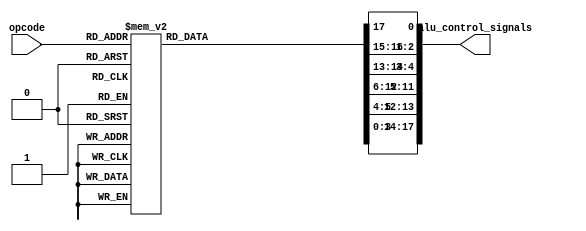
module alu_control(opcode, alu_control_signals);
  input [5:0] opcode; 
  output reg [17:0] alu_control_signals; 
  //     0 : Reg ID sel
  //   2:1 : sign extension
  //   4:3 : jump signal (reserved); 3: is jump, 4: direct or indirect
  //  11:5 : EX; 5: PF or I, 6:9: AluOP, 10: Src2 sel, 11: link?
  // 13:12 : MEM; 12: MemR, 13: MemW
  // 17:14 : WB; 14: RegMem, 15: rw_P, 16: rw_R, 17: rw_F 
  
  always @(*) begin
    case(opcode)
      //5.3 Memory Loads/Stores
      6'h23: //ld
        begin
          alu_control_signals[17:14] = 4'b010_1;         
          alu_control_signals[13:12] = 2'b0_1;
          alu_control_signals[11:5] = 7'b0_1_0001_1;
          alu_control_signals[4:3] = 2'bx_x;
          alu_control_signals[2:1] = 2'b01;
          alu_control_signals[0] = 1'bx;
        end
      6'h24: //st
        begin
          alu_control_signals[17:14] = 4'b000_x;         
          alu_control_signals[13:12] = 2'b1_0;
          alu_control_signals[11:5] = 7'b0_1_0001_1;
          alu_control_signals[4:3] = 2'bx_x;
          alu_control_signals[2:1] = 2'b01;
          alu_control_signals[0] = 1'b1;
        end
      //5.4 Predicate Manipulation        
      6'h27: //andp
        begin
          alu_control_signals[17:14] = 4'b001_x;         
          alu_control_signals[13:12] = 2'b0_0;
          alu_control_signals[11:5] = 7'bx_x_0001_0;
          alu_control_signals[4:3] = 2'bx_x;
          alu_control_signals[2:1] = 2'bxx;
          alu_control_signals[0] = 1'b0;
        end
      6'h28: //orp
        begin
          alu_control_signals[17:14] = 4'b001_x;         
          alu_control_signals[13:12] = 2'b0_0;
          alu_control_signals[11:5] = 7'bx_x_0010_0;
          alu_control_signals[4:3] = 2'bx_x;
          alu_control_signals[2:1] = 2'bxx;
          alu_control_signals[0] = 1'b0;
        end
      6'h29: //xorp
        begin
          alu_control_signals[17:14] = 4'b001_x;         
          alu_control_signals[13:12] = 2'b0_0;
          alu_control_signals[11:5] = 7'bx_x_0011_0;
          alu_control_signals[4:3] = 2'bx_x;
          alu_control_signals[2:1] = 2'bxx;
          alu_control_signals[0] = 1'b0;
        end
      6'h2a: //not
        begin
          alu_control_signals[17:14] = 4'b001_x;         
          alu_control_signals[13:12] = 2'b0_0;
          alu_control_signals[11:5] = 7'bx_x_0100_0;
          alu_control_signals[4:3] = 2'bx_x;
          alu_control_signals[2:1] = 2'bxx;
          alu_control_signals[0] = 1'b0;
        end
      //5.5 Value Test        
      6'h26: //rtop
        begin
          alu_control_signals[17:14] = 4'b001_x;         
          alu_control_signals[13:12] = 2'b0_0;
          alu_control_signals[11:5] = 7'bx_x_0101_0;
          alu_control_signals[4:3] = 2'bx_x;
          alu_control_signals[2:1] = 2'bxx;
          alu_control_signals[0] = 1'b0;
        end
      6'h2b: //isneg
        begin
          alu_control_signals[17:14] = 4'b001_x;         
          alu_control_signals[13:12] = 2'b0_0;
          alu_control_signals[11:5] = 7'bx_x_0110_0;
          alu_control_signals[4:3] = 2'bx_x;
          alu_control_signals[2:1] = 2'bxx;
          alu_control_signals[0] = 1'b0;
        end
      6'h2c: //iszero
        begin
          alu_control_signals[17:14] = 4'b001_x;         
          alu_control_signals[13:12] = 2'b0_0;
          alu_control_signals[11:5] = 7'bx_x_0111_0;
          alu_control_signals[4:3] = 2'bx_x;
          alu_control_signals[2:1] = 2'bxx;
          alu_control_signals[0] = 1'b0;
        end
      //5.6 Immediate Integer Arithmetic/Logic        
      6'h25: //ldi
        begin
          alu_control_signals[17:14] = 4'b010_0;         
          alu_control_signals[13:12] = 2'b0_0;
          alu_control_signals[11:5] = 7'bx_1_1101_1;
          alu_control_signals[4:3] = 2'bx_x;
          alu_control_signals[2:1] = 2'b11;
          alu_control_signals[0] = 1'bx;
        end
      6'h14: //add
        begin
          alu_control_signals[17:14] = 4'b010_0;         
          alu_control_signals[13:12] = 2'b0_0;
          alu_control_signals[11:5] = 7'b0_1_0001_1;
          alu_control_signals[4:3] = 2'bx_x;
          alu_control_signals[2:1] = 2'b01;
          alu_control_signals[0] = 1'bx;
        end
      6'h15: //subi
        begin
          alu_control_signals[17:14] = 4'b010_0;         
          alu_control_signals[13:12] = 2'b0_0;
          alu_control_signals[11:5] = 7'b0_1_0010_1;
          alu_control_signals[4:3] = 2'bx_x;
          alu_control_signals[2:1] = 2'b01;
          alu_control_signals[0] = 1'bx;
        end
      6'h16: //muli
        begin
          alu_control_signals[17:14] = 4'b010_0;         
          alu_control_signals[13:12] = 2'b0_0;
          alu_control_signals[11:5] = 7'b0_1_0011_1;
          alu_control_signals[4:3] = 2'bx_x;
          alu_control_signals[2:1] = 2'b01;
          alu_control_signals[0] = 1'bx;
        end
      6'h17: //divi
        begin
          alu_control_signals[17:14] = 4'b010_0;         
          alu_control_signals[13:12] = 2'b0_0;
          alu_control_signals[11:5] = 7'b0_1_0100_1;
          alu_control_signals[4:3] = 2'bx_x;
          alu_control_signals[2:1] = 2'b01;
          alu_control_signals[0] = 1'bx;
        end        
      6'h18: //modi
        begin
          alu_control_signals[17:14] = 4'b010_0;         
          alu_control_signals[13:12] = 2'b0_0;
          alu_control_signals[11:5] = 7'b0_1_0101_1;
          alu_control_signals[4:3] = 2'bx_x;
          alu_control_signals[2:1] = 2'b01;
          alu_control_signals[0] = 1'bx;
        end
      6'h19: //shli
        begin
          alu_control_signals[17:14] = 4'b010_0;         
          alu_control_signals[13:12] = 2'b0_0;
          alu_control_signals[11:5] = 7'b0_1_0110_1;
          alu_control_signals[4:3] = 2'bx_x;
          alu_control_signals[2:1] = 2'b01;
          alu_control_signals[0] = 1'bx;
        end
      6'h1a: //shri
        begin
          alu_control_signals[17:14] = 4'b010_0;         
          alu_control_signals[13:12] = 2'b0_0;
          alu_control_signals[11:5] = 7'b0_1_0111_1;
          alu_control_signals[4:3] = 2'bx_x;
          alu_control_signals[2:1] = 2'b01;
          alu_control_signals[0] = 1'bx;
        end
      6'h11: //andi
        begin
          alu_control_signals[17:14] = 4'b010_0;         
          alu_control_signals[13:12] = 2'b0_0;
          alu_control_signals[11:5] = 7'b0_1_1000_1;
          alu_control_signals[4:3] = 2'bx_x;
          alu_control_signals[2:1] = 2'b01;
          alu_control_signals[0] = 1'bx;
        end
      6'h12: //ori
        begin
          alu_control_signals[17:14] = 4'b010_0;         
          alu_control_signals[13:12] = 2'b0_0;
          alu_control_signals[11:5] = 7'b0_1_1001_1;
          alu_control_signals[4:3] = 2'bx_x;
          alu_control_signals[2:1] = 2'b01;
          alu_control_signals[0] = 1'bx;
        end
      6'h13: //xori
        begin
          alu_control_signals[17:14] = 4'b010_0;         
          alu_control_signals[13:12] = 2'b0_0;
          alu_control_signals[11:5] = 7'b0_1_1010_1;
          alu_control_signals[4:3] = 2'bx_x;
          alu_control_signals[2:1] = 2'b01;
          alu_control_signals[0] = 1'bx;
        end
      //5.7 Register Integer Arithmetic/Logic        
      6'h0a: //add
        begin
          alu_control_signals[17:14] = 4'b010_0;         
          alu_control_signals[13:12] = 2'b0_0;
          alu_control_signals[11:5] = 7'b0_0_0001_1;
          alu_control_signals[4:3] = 2'bx_x;
          alu_control_signals[2:1] = 2'bxx;
          alu_control_signals[0] = 1'b0;
        end
      6'h0b: //sub
        begin
          alu_control_signals[17:14] = 4'b010_0;        
          alu_control_signals[13:12] = 2'b0_0;
          alu_control_signals[11:5] = 7'b0_0_0010_1;
          alu_control_signals[4:3] = 2'bx_x;
          alu_control_signals[2:1] = 2'bxx;
          alu_control_signals[0] = 1'b0;
        end
      6'h0c: //mul
        begin
          alu_control_signals[17:14] = 4'b010_0;         
          alu_control_signals[13:12] = 2'b0_0;
          alu_control_signals[11:5] = 7'b0_0_0011_1;
          alu_control_signals[4:3] = 2'bx_x;
          alu_control_signals[2:1] = 2'bxx;
          alu_control_signals[0] = 1'b0;
        end
      6'h0d: //div
        begin
          alu_control_signals[17:14] = 4'b010_0;         
          alu_control_signals[13:12] = 2'b0_0;
          alu_control_signals[11:5] = 7'b0_0_0100_1;
          alu_control_signals[4:3] = 2'bx_x;
          alu_control_signals[2:1] = 2'bxx;
          alu_control_signals[0] = 1'b0;
        end        
      6'h0e: //mod
        begin
          alu_control_signals[17:14] = 4'b010_0;         
          alu_control_signals[13:12] = 2'b0_0;
          alu_control_signals[11:5] = 7'b0_0_0101_1;
          alu_control_signals[4:3] = 2'bx_x;
          alu_control_signals[2:1] = 2'bxx;
          alu_control_signals[0] = 1'b0;
        end
      6'h0f: //shl
        begin
          alu_control_signals[17:14] = 4'b010_0;         
          alu_control_signals[13:12] = 2'b0_0;
          alu_control_signals[11:5] = 7'b0_0_0110_1;
          alu_control_signals[4:3] = 2'bx_x;
          alu_control_signals[2:1] = 2'bxx;
          alu_control_signals[0] = 1'b0;
        end
      6'h10: //shr
        begin
          alu_control_signals[17:14] = 4'b010_0;         
          alu_control_signals[13:12] = 2'b0_0;
          alu_control_signals[11:5] = 7'b0_0_0111_1;
          alu_control_signals[4:3] = 2'bx_x;
          alu_control_signals[2:1] = 2'bxx;
          alu_control_signals[0] = 1'b0;
        end
      6'h07: //and
        begin
          alu_control_signals[17:14] = 4'b010_0;         
          alu_control_signals[13:12] = 2'b0_0;
          alu_control_signals[11:5] = 7'b0_0_1000_1;
          alu_control_signals[4:3] = 2'bx_x;
          alu_control_signals[2:1] = 2'bxx;
          alu_control_signals[0] = 1'b0;
        end
      6'h08: //or
        begin
          alu_control_signals[17:14] = 4'b010_0;         
          alu_control_signals[13:12] = 2'b0_0;
          alu_control_signals[11:5] = 7'b0_0_1001_1;
          alu_control_signals[4:3] = 2'bx_x;
          alu_control_signals[2:1] = 2'bxx;
          alu_control_signals[0] = 1'b0;
        end
      6'h09: //xor
        begin
          alu_control_signals[17:14] = 4'b010_0;         
          alu_control_signals[13:12] = 2'b0_0;
          alu_control_signals[11:5] = 7'b0_0_1010_1;
          alu_control_signals[4:3] = 2'bx_x;
          alu_control_signals[2:1] = 2'bxx;
          alu_control_signals[0] = 1'b0;
        end
      6'h05: //neg
        begin
          alu_control_signals[17:14] = 4'b010_0;         
          alu_control_signals[13:12] = 2'b0_0;
          alu_control_signals[11:5] = 7'b0_x_1011_1;
          alu_control_signals[4:3] = 2'bx_x;
          alu_control_signals[2:1] = 2'bxx;
          alu_control_signals[0] = 1'bx;
        end
      6'h06: //not
        begin
          alu_control_signals[17:14] = 4'b010_0;         
          alu_control_signals[13:12] = 2'b0_0;
          alu_control_signals[11:5] = 7'b0_x_1100_1;
          alu_control_signals[4:3] = 2'bx_x;
          alu_control_signals[2:1] = 2'bxx;
          alu_control_signals[0] = 1'bx;
        end   
      //5.2 Privileged Instruction
      //5.8 Floating Point Arhithmethic
      //5.9 Control Flow
      //5.11 User/Kernel Interaction  
        
      default: //nop
        begin
          alu_control_signals[17:14] = 2'b0;         
          alu_control_signals[13:12] = 2'b0;
          alu_control_signals[11:5] = 4'b0;
          alu_control_signals[4:3] = 2'b0;
          alu_control_signals[2:1] = 2'b0;
          alu_control_signals[0] = 1'b0;        
        end
    endcase
  end
endmodule

module preg_file(rst, rw, X, Y, Z, Pset, Pid, Pz, Px, Py, Pval);
  input rst;
  input rw; //0, read; 1, write
  input [1:0] X;
  input [1:0] Y;
  input [1:0] Z;
  input [1:0] Pid;
  input Pz;
  input Pset;
  output Px;
  output Py;
  output Pval;
  
  reg pregs [3:0];
  integer i;
  
  always @ (*) begin
    if (rst) begin
      //for(i=0; i<4; i=i+1) begin
        //pregs[i] <= 0;
      //end
      pregs[0] <= 1;
      pregs[1] <= 1;
      pregs[2] <= 0;
      pregs[3] <= 0;
    end else begin 
      if(rw == 1)
        pregs[Z] <= Pz;
    end
  end
  
  assign Px = pregs[X];
  assign Py = pregs[Y];
  assign Pval = (Pset == 1) ? pregs[Pid] : 1'b1;
endmodule

module greg_file(rst, rw, X, Y, Z, Rz, Rx, Ry);
  input rst;
  input rw; //0, read; 1, write
  input [3:0] X;
  input [3:0] Y;
  input [3:0] Z;
  input [31:0] Rz;
  output [31:0] Rx;
  output [31:0] Ry;
  
  reg [31:0] gregs [15:0];
  integer i;
  
  always @ (*) begin
    if (rst) begin
      for(i=0; i<16; i=i+1) begin
        gregs[i] <= 0;
      end
    end else begin 
      if(rw == 1)
        gregs[Z] <= Rz;
    end
  end
  
  assign Rx = gregs[X];
  assign Ry = gregs[Y];
endmodule

module freg_file(rst, rw, X, Y, Z, Fz, Fx, Fy);
  input rst;
  input rw; //0, read; 1, write
  input [3:0] X;
  input [3:0] Y;
  input [3:0] Z;
  input [31:0] Fz;
  output [31:0] Fx;
  output [31:0] Fy;
  
  reg [31:0] fregs [15:0];
  integer i;
  
  always @ (*) begin
    if (rst) begin
      for(i=0; i<16; i=i+1) begin
        fregs[i] <= 0;
      end
    end else begin 
      if(rw == 1)
        fregs[Z] <= Fz;
    end
  end
  
  assign Fx = fregs[X];
  assign Fy = fregs[Y];
endmodule

module imm_extend(ctr, field, imm_s);
  input [1:0] ctr;
  input [22:0] field;
  output reg [31:0] imm_s;
  
  always @(*) begin
    case (ctr)
      2'b01: imm_s = {{17{field[14]}}, field[14:0]};
      2'b10: imm_s = {{9{field[22]}}, field[22:0]};
      2'b11: imm_s = {{13{field[18]}}, field[18:0]};
      default: imm_s = 32'b0;
    endcase
  end
endmodule

module decode(clk, rst, pc_n, inst, Pz_id, Pz, Rz_id, Rz, Fz_id, Fz, imm_s, rw, Px, Py, Rx, Ry, Fx, Fy, Z, EX, MEM, WB); //jump target is computed here
  input clk;
  input rst;
  input [31:0] pc_n;
  input [31:0] inst;
  input [2:0] rw; //0:preg, 1:greg, 2:freg
  input Pz;
  input [1:0] Pz_id;
  input [31:0] Rz;
  input [3:0] Rz_id;
  input [31:0] Fz;
  input [3:0] Fz_id;
 
  output Px;
  output Py;
  output [31:0] Rx;
  output [31:0] Ry; 
  output [31:0] Fx;
  output [31:0] Fy;
  output [3:0] Z;
  output [31:0] imm_s;
  output [6:0] EX;
  output [1:0] MEM;
  output [3:0] WB;
  
  wire [3:0] X;
  wire [3:0] Y;
  wire [1:0] Pid;
  wire [17:0] signals;
  wire Pset;
  wire Pval;
  
  assign X = (signals[0] == 0) ? inst[14:11] : inst[22:19];
  assign Y = inst[18:15];
  assign Z = inst[22:19];
  assign Pset = inst[31];
  assign Pid = inst[30:29];
  
  preg_file pregs(.rst(rst), .rw(rw[0]), .X(X[1:0]), .Y(Y[1:0]), .Z(Pz_id), .Pset(Pset), .Pid(Pid), .Pz(Pz), .Px(Px), .Py(Py), .Pval(Pval));
  greg_file gregs(.rst(rst), .rw(rw[1]), .X(X), .Y(Y), .Z(Rz_id), .Rz(Rz), .Rx(Rx), .Ry(Ry));
  //freg_file fregs(.rst(rst), .rw(rw[2]), .X(X), .Y(Y), .Z(Z), .Fz(Fz), .Fx(Fy), .Fy(Fy));
  
  imm_extend immse(.ctr(signals[2:1]), .field(inst[22:0]), .imm_s(imm_s));
  
  alu_control ac(.opcode(inst[28:23]), .alu_control_signals(signals));

  assign EX = (Pval == 1) ? signals[11:5] : 0;
  assign MEM = (Pval == 1) ? signals[13:12] : 0;
  assign WB = (Pval == 1) ? signals[17:14] : 0;
  
endmodule